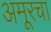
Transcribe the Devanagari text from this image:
अमूरचा